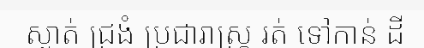
ស្ងាត់ ជ្រងំ ប្រជារាស្ត្រ រត់ ទៅកាន់ ដី